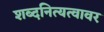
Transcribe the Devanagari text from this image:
शब्दनित्यत्वावर